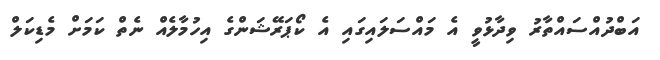
އަބްދުއްސައްތާރު ވިދާޅުވީ އެ މައްސަލައިގައި އެ ކޯޕަރޭޝަންގެ އިހުމާލެއް ނެތް ކަމަށް މެޑިކަލް